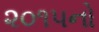
૨૦૧૫નો